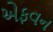
એફવન